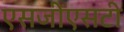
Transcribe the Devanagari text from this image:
एसजीएसटी